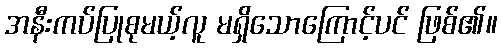
အနီးကပ်ပြုစုမယ့်လူ မရှိသောကြောင့်ပင် ဖြစ်၏။